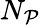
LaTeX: N_{\mathcal{P}}